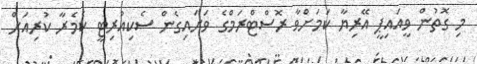
މި ގޮތުން ވީއައިޕީ އޭރިޔާ ކަމަށްވާ ރޮސްޓްރަމްގެ ވަށައިގެން ސެކިއުރިޓީ ކެމެރާ ކުރިއަށް